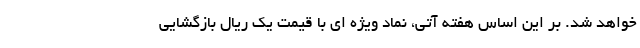
خواهد شد. بر این اساس هفته آتی، نماد ویژه ای با قیمت یک ریال بازگشایی